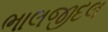
ભાલજીદલ